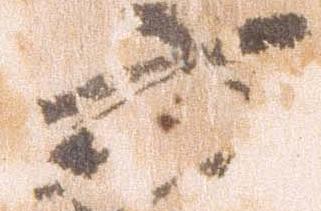
六